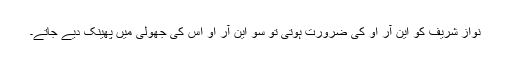
نواز شریف کو این آر او کی ضرورت ہوتی تو سو این آر او اس کی جھولی میں پھینک دیے جاتے۔